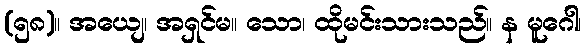
(၅၈)။ အယျေ၊ အရှင်မ။ သော၊ ထိုမင်းသားသည်။ န မူဂေါ၊